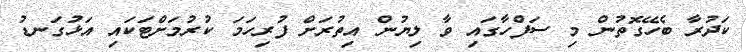
ކަދުރާ ބެހޭގޮތުން މި ސަފްހާގައި ވާ ލިޔުން އިތުރަށް ފުރިހަމަ ކުރުމަށްޓަކައި އަޅުގަނޑު